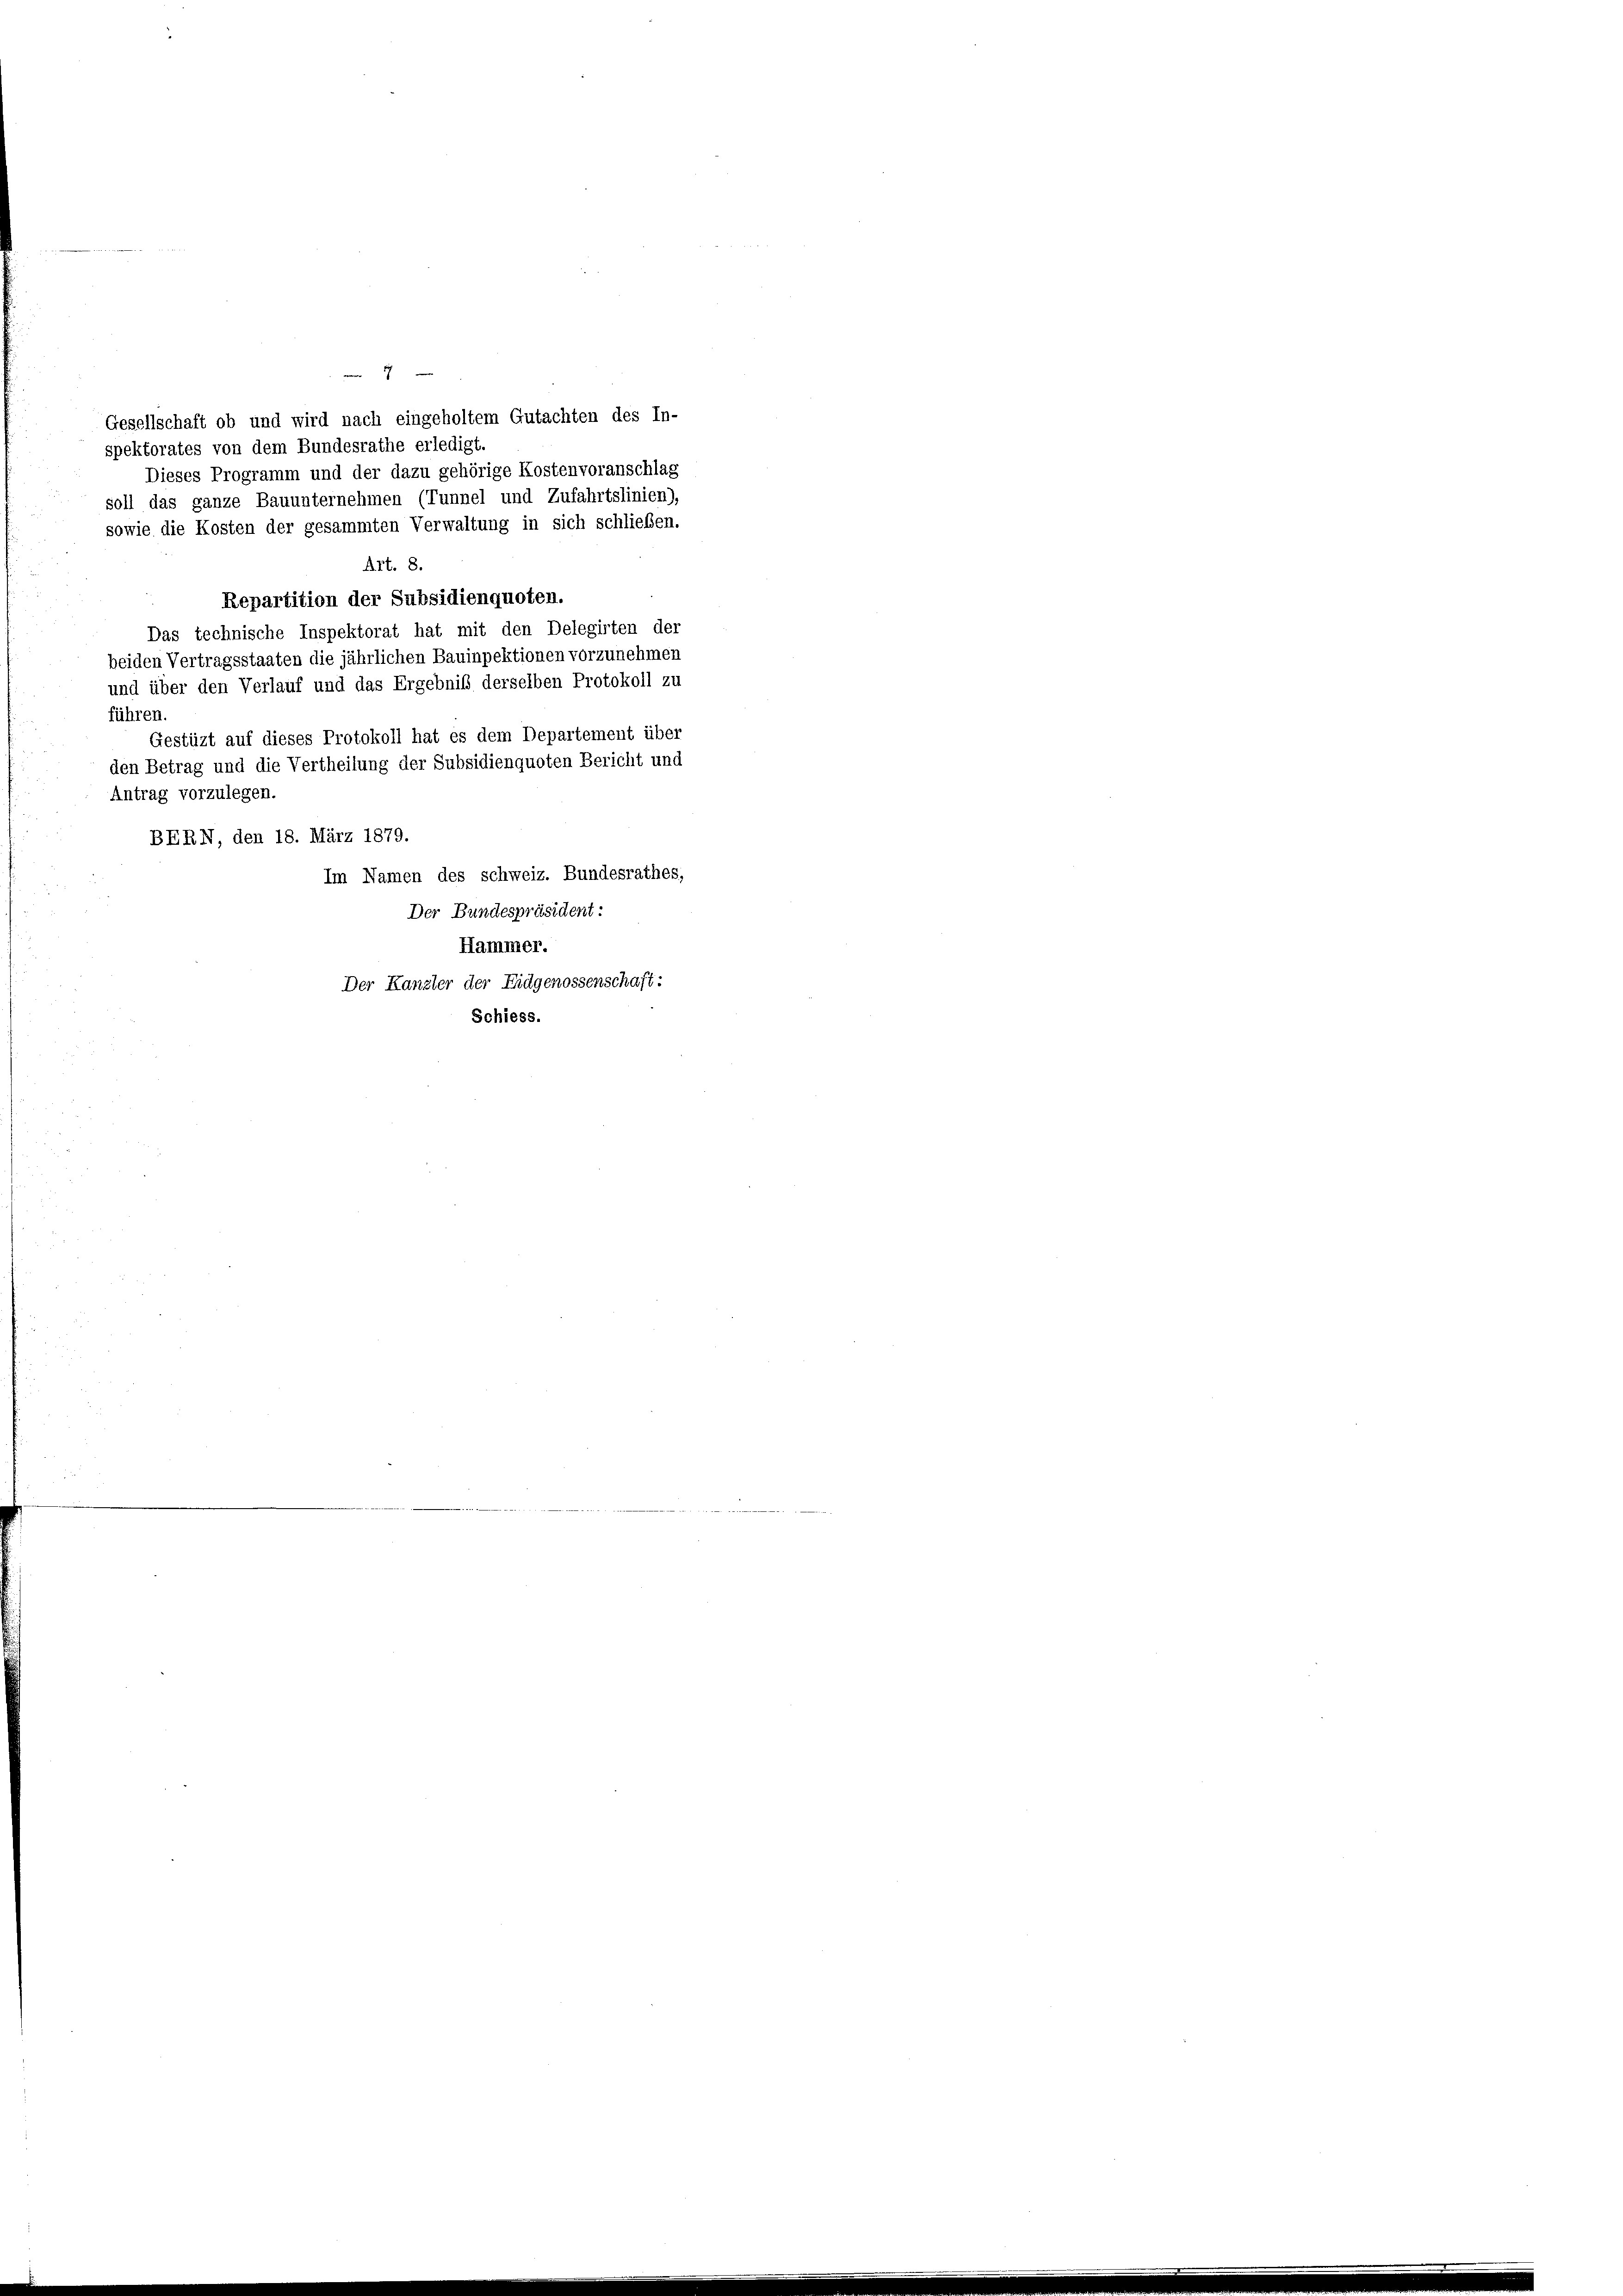
7
Gesellschaft ob und wird nach eingeholtem Gutachten des In-
spektorates von dem Bundesrathe erledigt.
Dieses Programm und der dazu gehörige Kostenvoranschlag
soll das ganze Bauunternehmen (Tunnel und Zufahrtslinien),
sowie die Kosten der gesammten Verwaltung in sich schließen.
Art. 8.
Repartition der Subsidienquoten.
Das technische Inspektorat hat mit den Delegirten der
beiden Vertragsstaaten die jährlichen Bauinpektionen vorzunehmen
und über den Verlauf und das Ergebniß derselben Protokoll zu
führen.
Gestüzt auf dieses Protokoll hat es dem Departement über
den Betrag und die Vertheilung der Subsidienquoten Bericht und
Antrag vorzulegen.
BERN, den 18. März 1879.
Im Namen des schweiz. Bundesrathes,
Der Bundespräsident:
Hammer.
Der Kanster der Eidgenossenschaft:
Schiess.